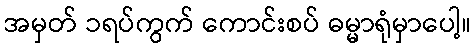
အမှတ် ၁ရပ်ကွက် ကောင်းစပ် ဓမ္မာရုံမှာပေါ့။